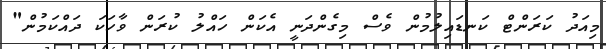
މިއަދު ކަރަންޓް ކަނޑައިލުމުން ވެސް މިގެންދަނީ އެކަން ހައްލު ކުރަން ވާހަކަ ދައްކަމުން"